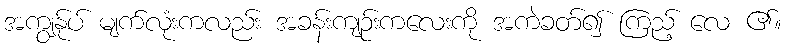
အကျွန်ုပ် မျက်လုံးကလည်း အခန်းကျဉ်းကလေးကို အကဲခတ်၍ ကြည့် လေ ၏။